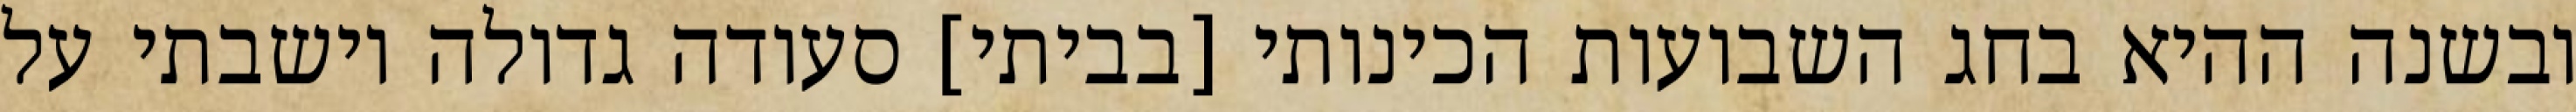
ובשנה ההיא בחג השבועות הכינותי [בביתי] סעודה גדולה וישבתי על